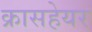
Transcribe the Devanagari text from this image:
क्रासहेयर